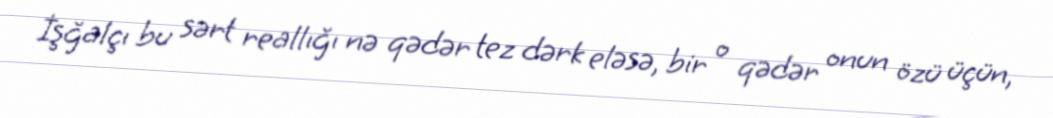
İşğalçı bu sərt reallığı nə qədər tez dərk eləsə, bir o qədər onun özü üçün,